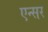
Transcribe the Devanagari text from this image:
एन्सर